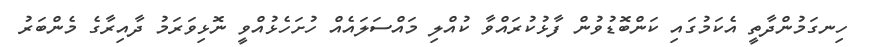
ހިނގަމުންދާތީ އެކަމުގައި ކަންބޮޑުވުން ފާޅުކުރައްވާ ކުއްލި މައްސަލައެއް ހުށަހެޅުއްވީ ނޮޅިވަރަމު ދާއިރާގެ މެންބަރު